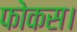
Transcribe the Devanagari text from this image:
फोकस।